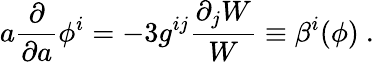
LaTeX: a{\frac{\partial}{\partial a}}\phi^{i}=-3g^{ij}{\frac{\partial_{j}W}{W}}\equiv\beta^{i}(\phi)\ .